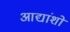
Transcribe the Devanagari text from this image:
आद्यांशों